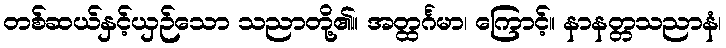
တစ်ဆယ်နှင့်ယှဉ်သော သညာတို့၏။ အတ္ထင်္ဂမာ၊ ကြောင့်။ နာနတ္တသညာနံ၊